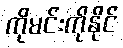
ကိုမင်းကိုနိုင်